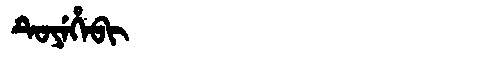
Manchu: ᡨᡠᠶᡝᡥᡝᠪᡳ
Romanization: TUYEHEBI